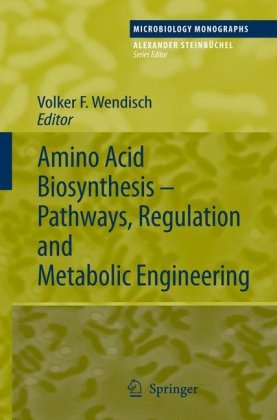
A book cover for Amino Acid Biosynthesis - Pathways, Regulation and Metabolic Engineering (Microbiology Monographs); Health, Fitness & Dieting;